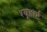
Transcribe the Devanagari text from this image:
श्यूहार्ट